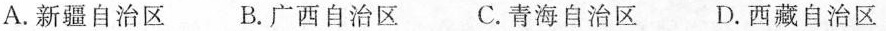
A. 新疆自治区 B. 广西自治区 C. 青海自治区 D. 西藏自治区